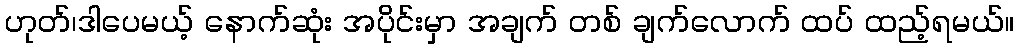
ဟုတ်၊ဒါပေမယ့် နောက်ဆုံး အပိုင်းမှာ အချက် တစ် ချက်လောက် ထပ် ထည့်ရမယ်။